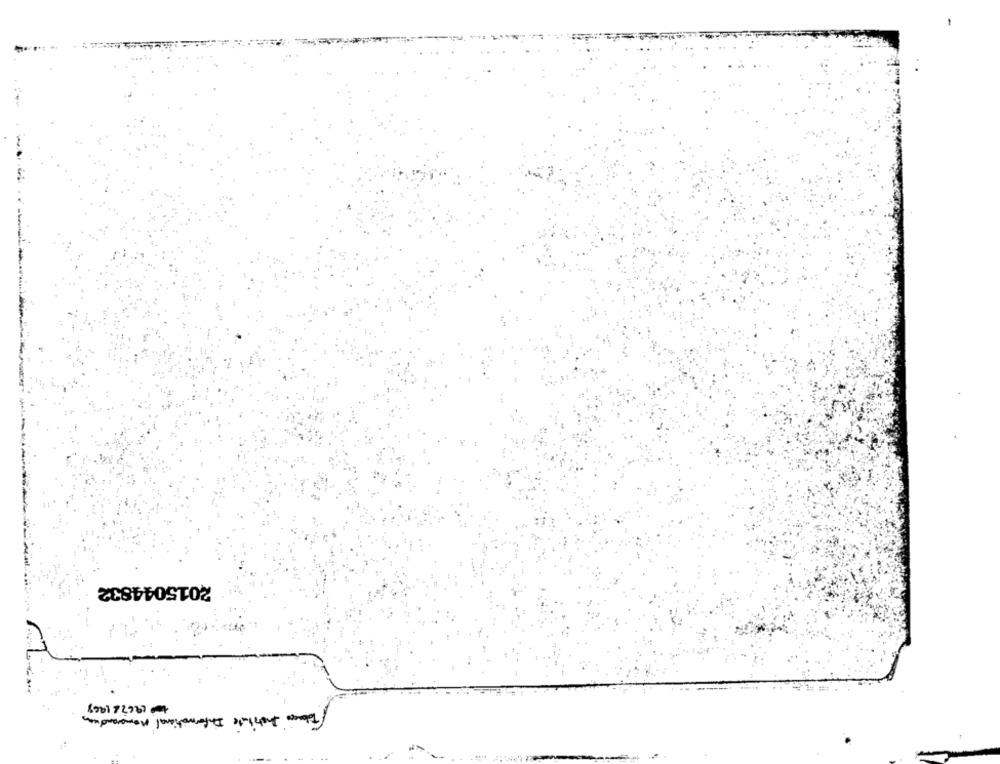
2015044832
1962 61968
Tobacco Institute Informational Memorandum
--